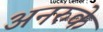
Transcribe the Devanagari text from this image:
अनरुके